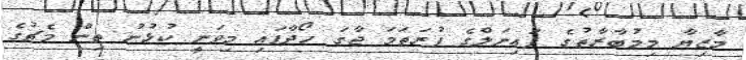
މާޒިޔާ މިމުބާރާތުގެ ފައިނަލްގެ ފުރަތަމަ ޖާގަ ހޯދާފައި މިވަނީ ކުޅުނު ތިން މެޗުގެ